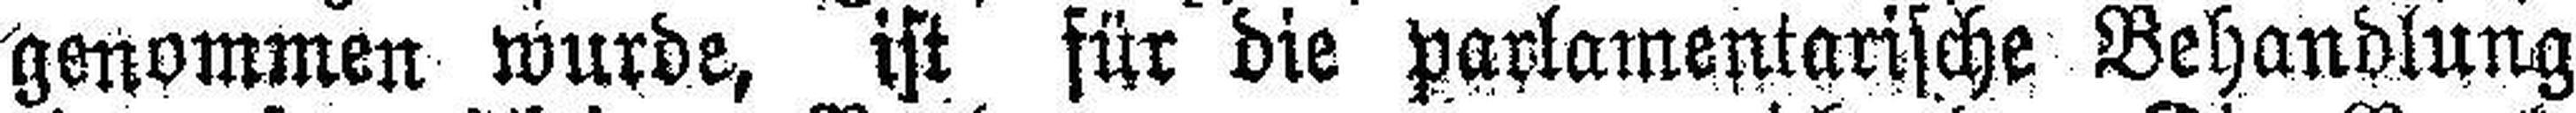
genommen wurde, ist für die parlamentarische Behandlung